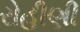
રોહીણી